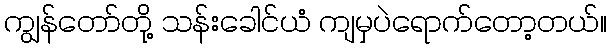
ကျွန်တော်တို့ သန်းခေါင်ယံ ကျမှပဲရောက်တော့တယ်။